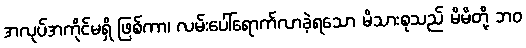
အလုပ်အကိုင်မရှိ ဖြစ်ကာ၊ လမ်းပေါ်ရောက်လာခဲ့ရသော မိသားစုသည် မိမိတို့ ဘဝ